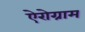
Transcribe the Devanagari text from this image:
ऐरोग्राम